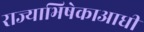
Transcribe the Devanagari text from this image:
राज्याभिषेकाआधी